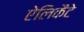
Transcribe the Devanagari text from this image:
ऐलिकैंटे